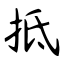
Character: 抵